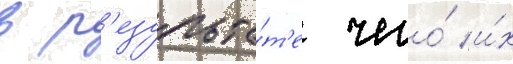
в р'езульта́т'е чего́ и́х